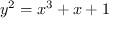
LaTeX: y ^ { 2 } = x ^ { 3 } + x + 1